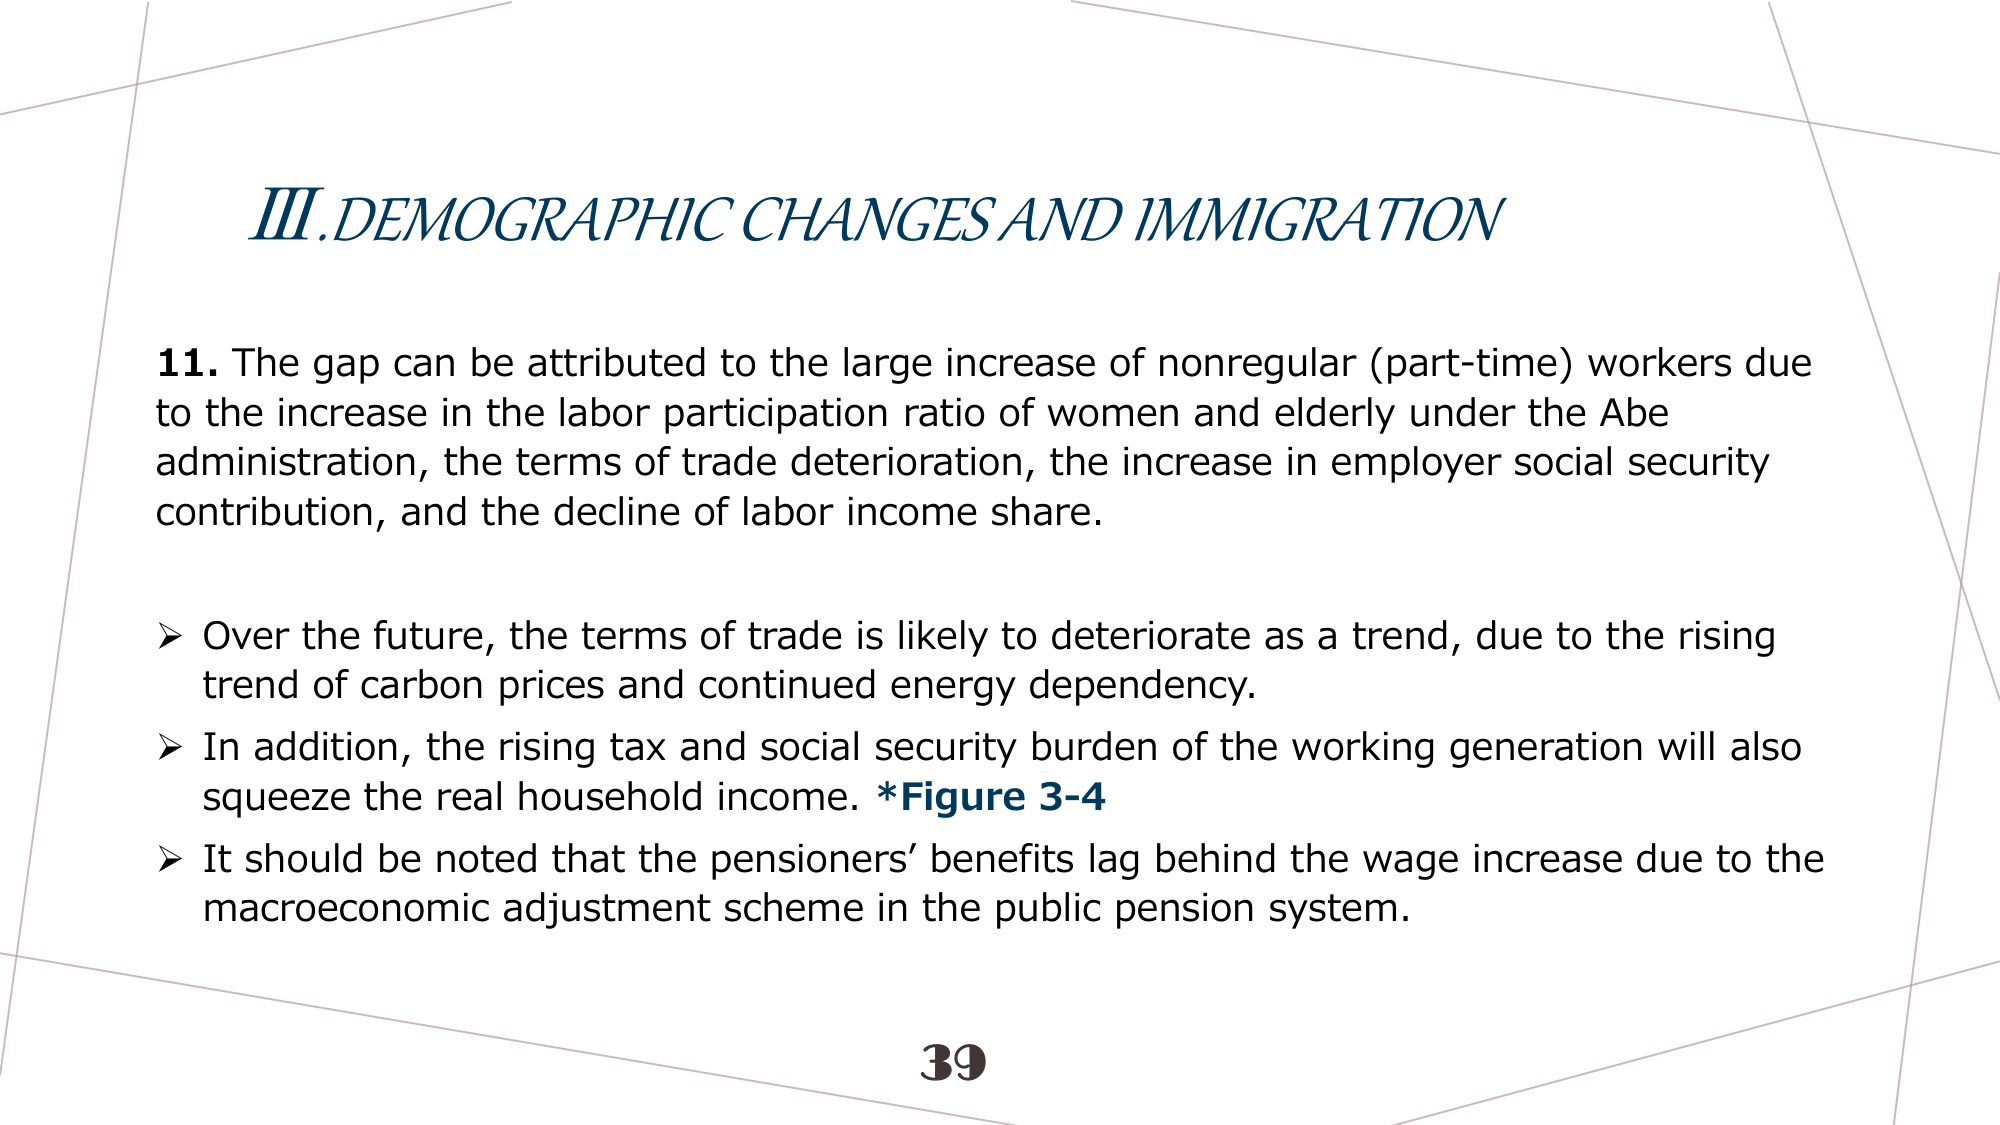
III. DEMOGRAPHIC CHANGES AND IMMIGRATION

11. The gap can be attributed to the large increase of nonregular (part-time) workers due to the increase in the labor participation ratio of women and elderly under the Abe administration, the terms of trade deterioration, the increase in employer social security contribution, and the decline of labor income share.

➤ Over the future, the terms of trade is likely to deteriorate as a trend, due to the rising trend of carbon prices and continued energy dependency.

➤ In addition, the rising tax and social security burden of the working generation will also squeeze the real household income. *Figure 3-4

➤ It should be noted that the pensioners’ benefits lag behind the wage increase due to the macroeconomic adjustment scheme in the public pension system.

39